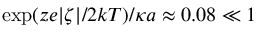
\mathrm { e x p } ( z e | \zeta | / 2 k T ) / \kappa a \approx 0 . 0 8 \ll 1